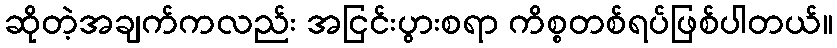
ဆိုတဲ့အချက်ကလည်း အငြင်းပွားစရာ ကိစ္စတစ်ရပ်ဖြစ်ပါတယ်။